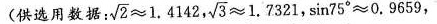
(供选用数据:$$\sqrt { 2 } \approx 1 . 4 1 4 2$$ $$\sqrt { 3 } \approx 1 . 7 3 2 1$$，$$\sin 7 5 ° \approx 0 . 9 6 5 9$$，